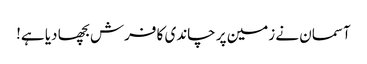
آسمان نے زمین پر چاندی کا فرش بچھا دیا ہے!